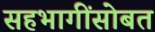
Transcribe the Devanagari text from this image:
सहभागींसोबत